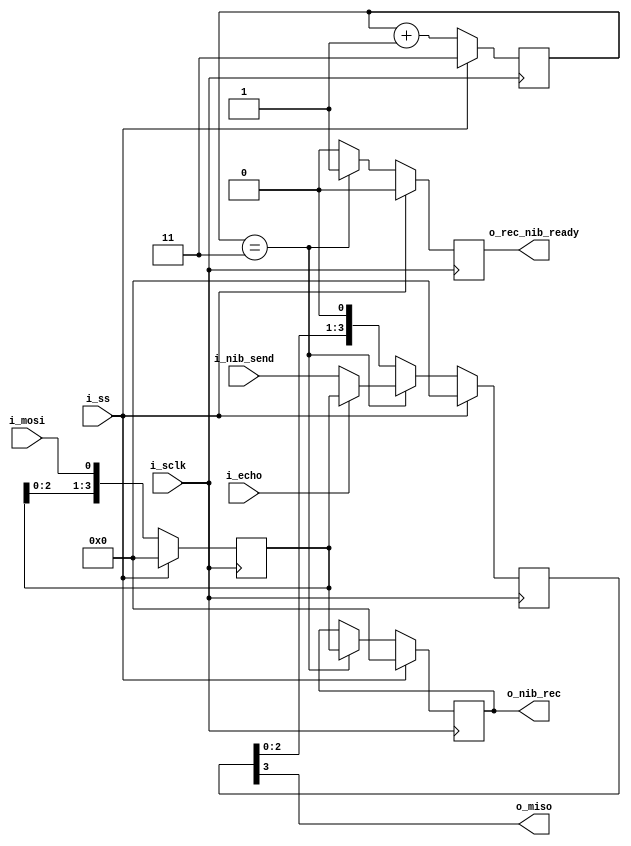
/*
#################################################################################################
#   << CologneChip GateMate ILA - SPI Slave >>                                                  #
#   No global mesh signal trace is wasted for the externally applied clock signal.              #
# ********************************************************************************************* #
#    Copyright (C) 2023 Cologne Chip AG <support@colognechip.com>                               #
#    Developed by Dave Fohrn                                                                    #
#                                                                                               #
#    This program is free software: you can redistribute it and/or modify                       #
#    it under the terms of the GNU General Public License as published by                       #
#    the Free Software Foundation, either version 3 of the License, or                          #
#    (at your option) any later version.                                                        #
#                                                                                               #
#    This program is distributed in the hope that it will be useful,                            #
#    but WITHOUT ANY WARRANTY; without even the implied warranty of                             #
#    MERCHANTABILITY or FITNESS FOR A PARTICULAR PURPOSE.  See the                              #
#    GNU General Public License for more details.                                               #
#                                                                                               #
#    You should have received a copy of the GNU General Public License                          #
#    along with this program.  If not, see <https://www.gnu.org/licenses/>.                     #
#                                                                                               #
# ********************************************************************************************* #
#################################################################################################
*/

module spi_slave(
    (* clkbuf_inhibit *) input i_sclk,
    input i_ss,
    input i_mosi,
    input i_echo,
    input [3:0] i_nib_send,
    output o_miso,
    output reg o_rec_nib_ready,
    output reg [3:0] o_nib_rec
);


reg [3:0] tx_shift_reg;
reg [3:0] rx_shift_reg;
reg [1:0] bit_cnt;


always @(posedge i_sclk) begin
    if (i_ss) begin
        rx_shift_reg <= 0;
    end else begin    
        rx_shift_reg <= {rx_shift_reg[2:0], i_mosi};
    end
end

always @(posedge i_sclk) begin
    if (i_ss) begin
        bit_cnt <= 2'b11;
    end
    else begin
        bit_cnt <= bit_cnt + 1'b1;
    end
end 


always @(negedge i_sclk) 
begin
    if (i_ss) begin
        o_rec_nib_ready <= 0;
        o_nib_rec <= 0;
        tx_shift_reg <= 0;
    end
    else if (bit_cnt == 2'b11) begin
        o_rec_nib_ready <= 1;
        o_nib_rec <= rx_shift_reg;
        if (i_echo) begin
            tx_shift_reg <= rx_shift_reg;
        end else begin
            tx_shift_reg <= i_nib_send;
        end
    end
    else begin
        o_rec_nib_ready <= 0;
        tx_shift_reg <= {tx_shift_reg[2:0], 1'b0};
    end
end

assign o_miso = tx_shift_reg[3];

endmodule